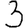
Digit: 3